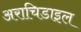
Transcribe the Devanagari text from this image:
अराचिडाइल